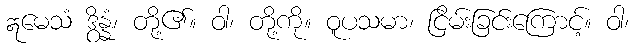
ဣမေသံ ဒွိန္နံ၊ တို့၏။ ဝါ၊ တို့ကို။ ဝူပသမာ၊ ငြိမ်းခြင်းကြောင့်။ ဝါ၊